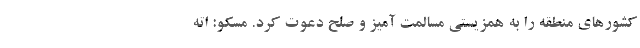
کشورهای منطقه را به همزیستی مسالمت آمیز و صلح دعوت کرد. مسکو: اته